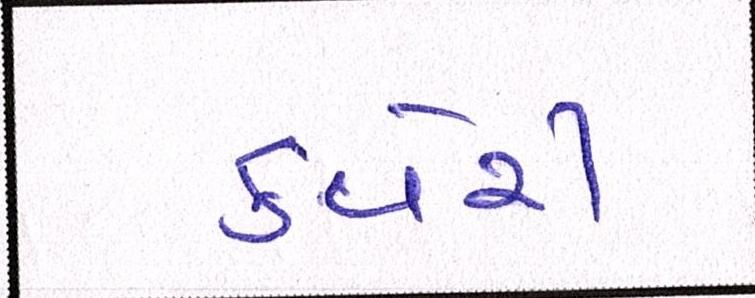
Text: કવેરી